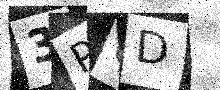
Text: 3P6D